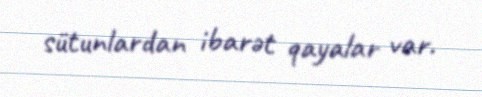
sütunlardan ibarət qayalar var.